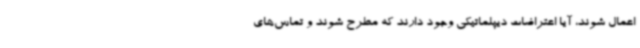
اعمال شوند، آیا اعتراضات دیپلماتیکی وجود دارند که مطرح شوند و تماس‌های